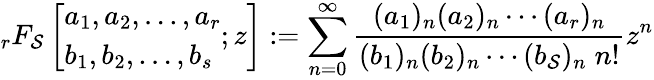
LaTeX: _{r}F_{\mathcal{S}}\left[{\begin{array}{l}{a_{1},a_{2},\dotsc,a_{r}}\\ {b_{1},b_{2},\dotsc,b_{s}}\end{array}};z\right]:=\sum_{n=0}^{\infty}{\frac{{(a_{1})_{n}(a_{2})_{n}\dotsb(a_{r})_{n}}}{{(b_{1})_{n}(b_{2})_{n}\dotsb(b_{\mathcal{S}})_{n}\; n!}}}z^{n}